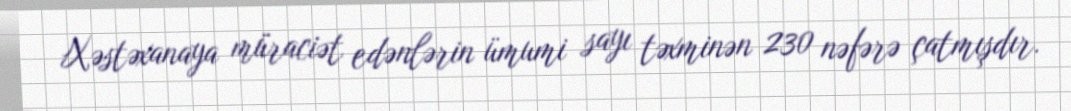
Xəstəxanaya müraciət edənlərin ümumi sayı təxminən 230 nəfərə çatmışdır.